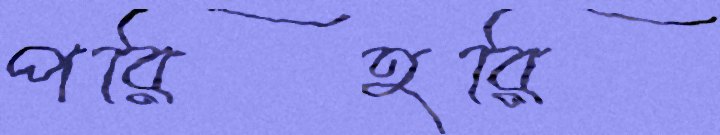
পরিহরি